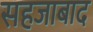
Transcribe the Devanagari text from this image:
सहजाबाद